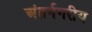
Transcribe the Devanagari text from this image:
अंतर्नगरीय